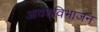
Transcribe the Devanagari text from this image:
आवेशविभाजन